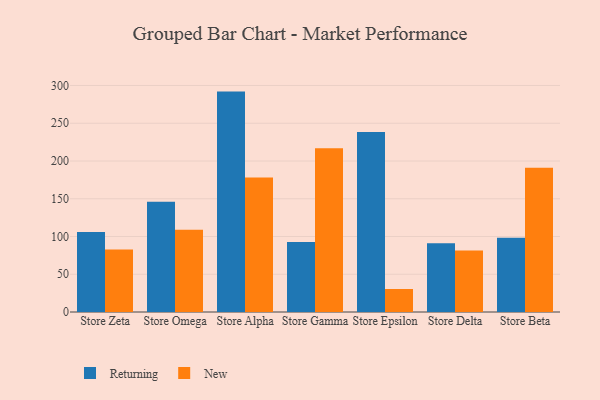
{"axis": {"x": "Store", "y": "Market Share (%)"}, "legend": ["New", "Returning"], "data": [{"x": "Store Zeta", "y": 105.8, "type": "Returning"}, {"x": "Store Zeta", "y": 82.8, "type": "New"}, {"x": "Store Omega", "y": 146.1, "type": "Returning"}, {"x": "Store Omega", "y": 108.8, "type": "New"}, {"x": "Store Alpha", "y": 291.9, "type": "Returning"}, {"x": "Store Alpha", "y": 178.0, "type": "New"}, {"x": "Store Gamma", "y": 92.7, "type": "Returning"}, {"x": "Store Gamma", "y": 217.0, "type": "New"}, {"x": "Store Epsilon", "y": 238.4, "type": "Returning"}, {"x": "Store Epsilon", "y": 30.5, "type": "New"}, {"x": "Store Delta", "y": 91.1, "type": "Returning"}, {"x": "Store Delta", "y": 81.4, "type": "New"}, {"x": "Store Beta", "y": 98.5, "type": "Returning"}, {"x": "Store Beta", "y": 190.9, "type": "New"}]}